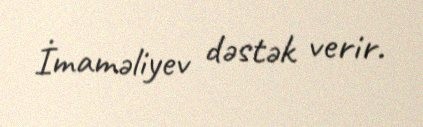
İmaməliyev dəstək verir.